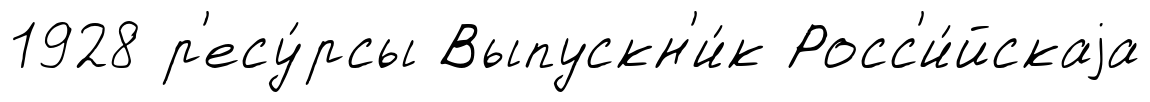
1928 р'есу́рсы Выпускн'и́к Росс'и́йскаjа